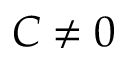
C \neq 0